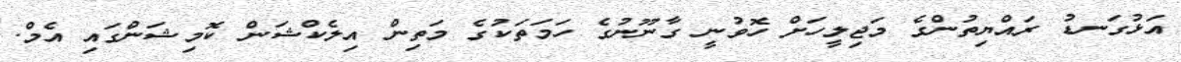
އަޅުގަނޑު ރައްޔިތުންގެ މަޖިލީހަށް ހޮވުނީ ގާނޫނުގެ ހަމަތަކުގެ މަތިން އިލެކްޝަން ކޮމިޝަންގައި އެމް.